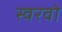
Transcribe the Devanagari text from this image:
स्वरवो